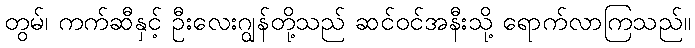
တွမ်၊ ကက်ဆီနှင့် ဦးလေးဂျွန်တို့သည် ဆင်ဝင်အနီးသို့ ရောက်လာကြသည်။